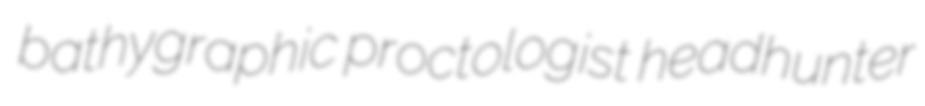
bathygraphic proctologist headhunter